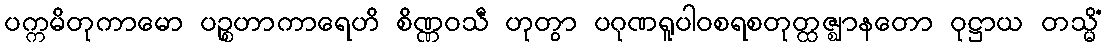
ပက္ကမိတုကာမော ပဉ္စဟာကာရေဟိ စိဏ္ဏဝသီ ဟုတွာ ပဂုဏရူပါဝစရစတုတ္ထဇ္ဈာနတော ဝုဋ္ဌာယ တသ္မိံ